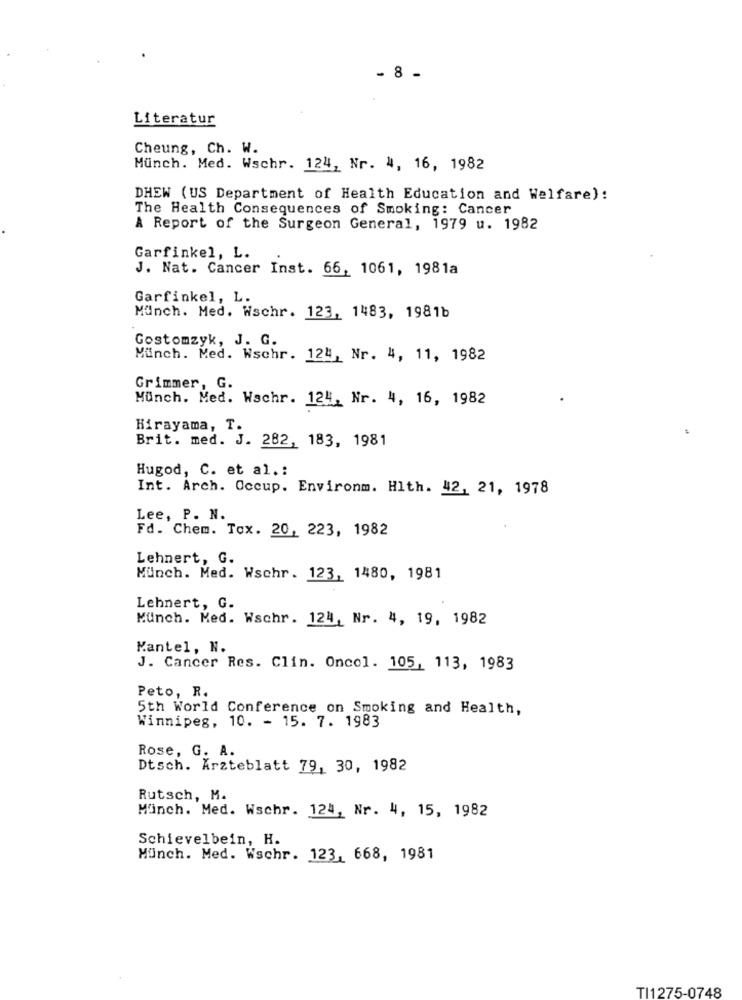
- 8 -
Literatur
Cheung, Ch. W.
Munch. Med. Wschr. 124, Nr. 4, 16, 1982
DHEW (US Department of Health Education and Welfare):
The Health Consequences of Smoking: Cancer
A Report of the Surgeon General, 1979 u. 1982
Garfinkel, L.
J. Nat. Cancer Inst. 66, 1061, 1981a
Garfinkel, L.
Munch. Med. Wschr. 123, 1483, 1981b
Gostomzyk, J. G.
Münch. Med. Wschr. 124, Nr. 4, 11, 1982
Grimmer, G.
Munch. Med. Wschr. 124, Nr. 4, 16, 1982
Hirayama, T.
Brit. med. J. 282, 183, 1981
Hugod, C. et al .:
Int. Arch. Occup. Environm. Hith. 42, 21, 1978
Lee, P. N.
Fd. Chem. Tox. 20, 223, 1982
Lehnert, G.
Munch. Med. Wschr. 123, 1480, 1981
Lehnert, G.
Munch. Med. Wschr. 124, Nr. 4, 19, 1982
Kantel, N.
J. Cancer Res. Clin. Oncol. 105, 113, 1983
Peto, R.
5th World Conference on Smoking and Health,
Winnipeg, 10. - 15. 7. 1983
Rose, G. A.
Dtsch. Ärzteblatt 79, 30, 1982
Rutsch, M.
Munch. Med. Wschr. 124, Nr. 4, 15, 1982
Schievelbein, H.
Munch. Med. Wschr. 123, 668, 1981
TI1275-0748